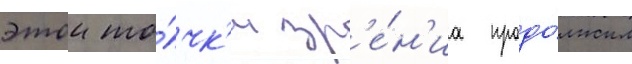
этои то́чк'и зр'е́н'иа продо́лжил